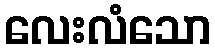
လေးလံသော